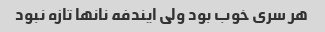
هر سری خوب بود ولی ایندفه نانها تازه نبود